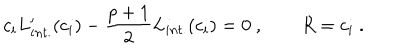
c _ { i } L _ { i n t . } ^ { \prime } ( c _ { i } ) - { \frac { p + 1 } { 2 } } L _ { i n t . } ( c _ { i } ) = 0 \ , \qquad R = c _ { i } \ .